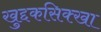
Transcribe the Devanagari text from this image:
खुद्दकसिक्खा